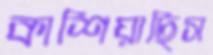
কাশিয়াছিস